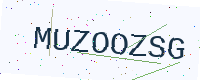
Text: MUZOOZSG